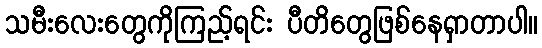
သမီးလေးတွေကိုကြည့်ရင်း ပီတိတွေဖြစ်နေရှာတာပါ။